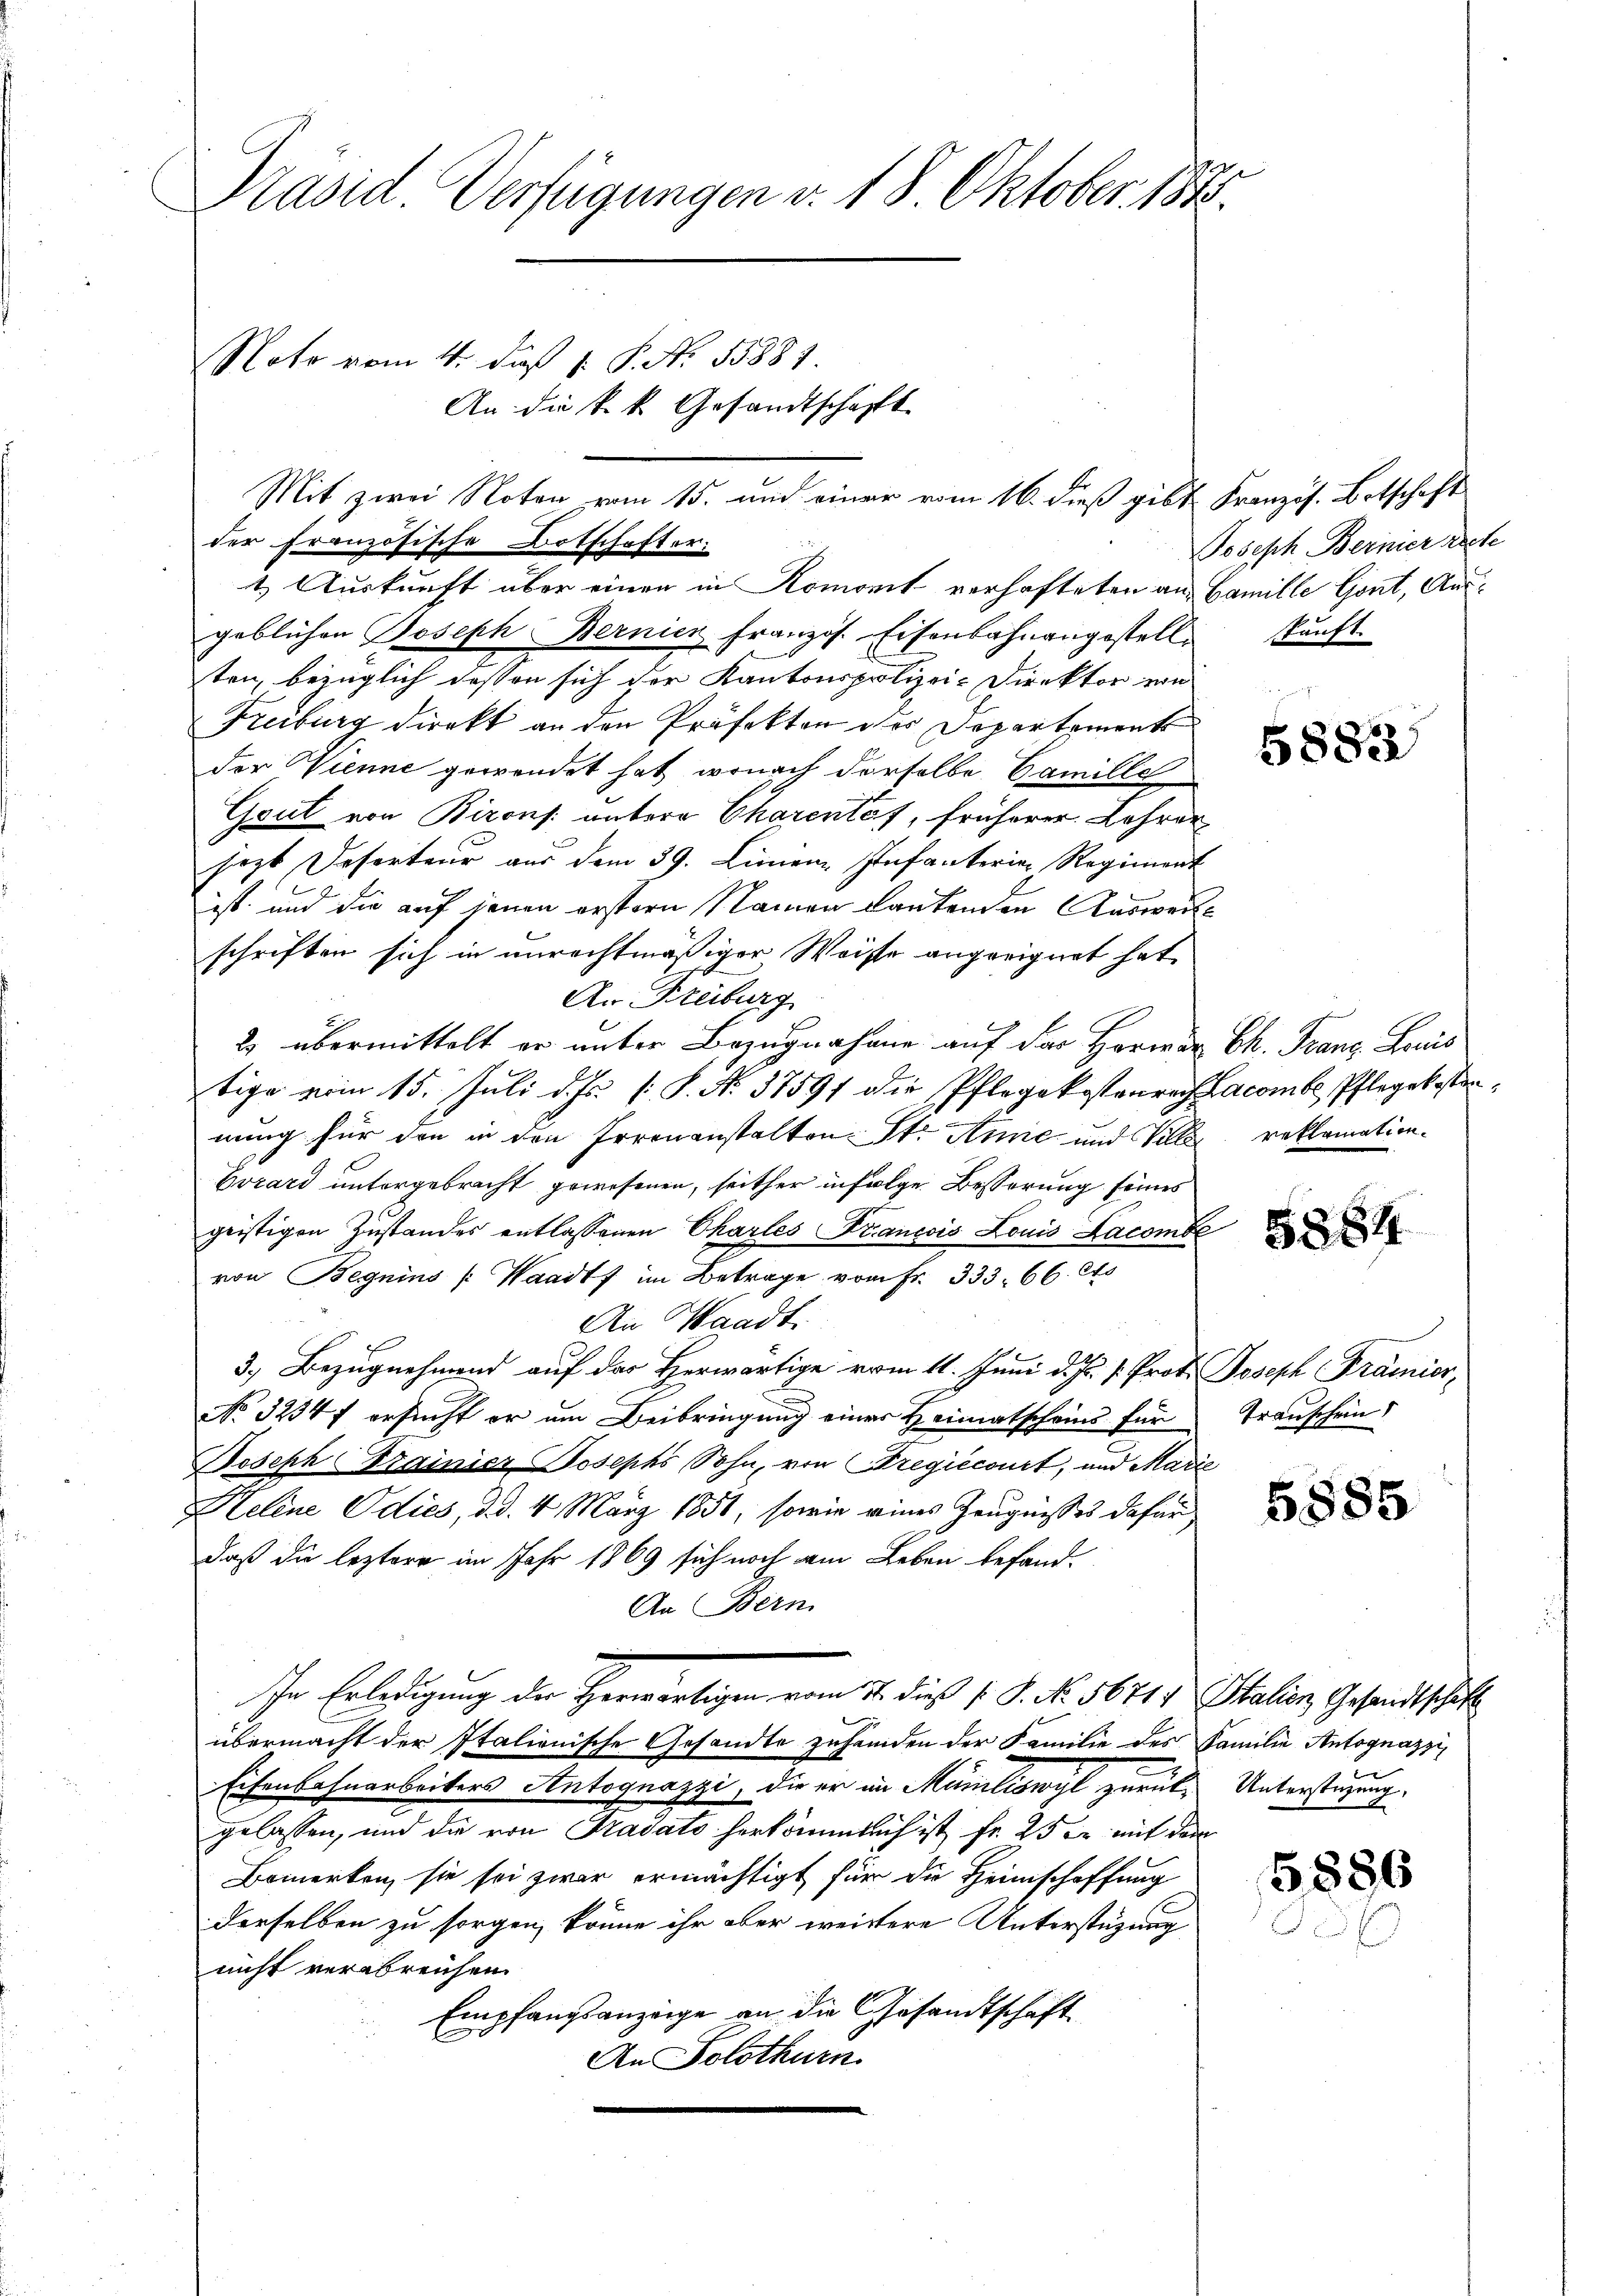
Präsid. Verfügungen v. 18. Oktober 1885.
Noto vom 4. daß 1. P. N. 13881.
An die k. k. Gesandtschäft
Mit zwei Noten vom 15. und einer vom 16. dieß gibt Französ. Botschaft

der Französische Botschafter.
1. Auskunft über einen in Romonit verhafteten an Famille Gont, Ausgeblichen Joseph Bernien französ. Eisenbahnangestell
ten, bezüglich deßen sich der Kantonspolizei-Direktor von
Freiburg direkt an den Präfekten der Departements
der Wienne gewendet hat, wonach derselbe Camille
Gsul von Birons untere Charentes, früherer Lehrer
hozt Deserteur aus dem 39. Linien Infanterie Regiment
ist und die auf jenen erstern Namen lautenden Ausweisschriften sich in unrechtmäßiger Weise angeeignet hat
An Freiburg
2 übermittelt er unter Bezugnahme auf der Herrn Ch. Franz Lanis
tige vom 15. Juli d. Js. [ P. N. 37591 die Pflegekostenrech Lacombe Pflegekosten
nung für die in den Irrenanstalten St. Anne und Ville
Evrard untergebracht gewesenen, seither infolge Besserung seines
geistigen Zustandes entlassenen Chartes Francois Louis Lacombe
von Begnins (Waadt im Betrage vom Fr. 333. 66. Cts
An Waadt.
3.) Bezugnehmend auf der Herwärtige vom 11. Juni d. Js. v. Prot. Joseph Prämier,
No 3234 f ersucht er am Beibringung einer Heimatscheins für
Joseph Trainier Josephs Sohn, von Bregiecourt, und Marie
Heline Odies, d. d. 4. März 1851, sowie eines Zeugnisses dafür
daß die leztere im Jahr 1869 sich noch am Leben befand-
An Bern
In Erledigung der Herwärtigen vom 11. dieß s. S. No. 56719 Italien Gesandtschaft
übermacht der Italionische Gesandte zuhanden der Familie des Familie Antognazzi
Eisenbahnarbeiters Antognazzi, die er in Mumiliswyl zurück- Unterstüzung.
gelassen, und die von Pradato herkömmlich ist fr. 25 Xr mit dem
Bemerken, sie sei zwar ermächtigt für die Heimschaffung
derselben zu sorgen, könne ihr aber weitere Unterstüzung
nicht verabreichen.
Empfangsanzeige an die Gesandtschaft
An Solothurn

Joseph Bernier reche
skunft.

5882

reklamation.

5884

Transchein

5885

5886